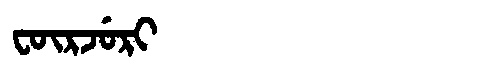
Manchu: ᡶᡡᡵᠵᡠᡵᡳ
Romanization: FŪRJURI